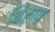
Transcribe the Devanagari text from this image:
बिहाव